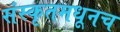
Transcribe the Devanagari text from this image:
संस्कृतमधूनच